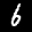
Label: 6